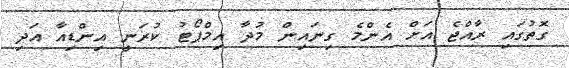
ގޮތުގައި ރާއްޖެ އަށް އެންމެ ގިނައިން މުދާ އިމްޕޯޓު ކުރަނީ އިންޑިއާ އަދި